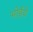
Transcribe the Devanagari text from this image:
भोईंचे